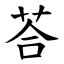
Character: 荅